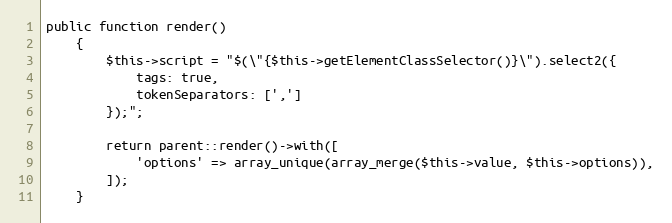
Language: PHP
public function render()
    {
        $this->script = "$(\"{$this->getElementClassSelector()}\").select2({
            tags: true,
            tokenSeparators: [',']
        });";

        return parent::render()->with([
            'options' => array_unique(array_merge($this->value, $this->options)),
        ]);
    }